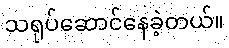
သရုပ်ဆောင်နေခဲ့တယ်။